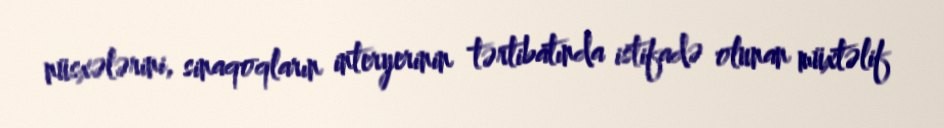
nüsxələrini, sinaqoqların interyerinin tərtibatında istifadə olunan müxtəlif